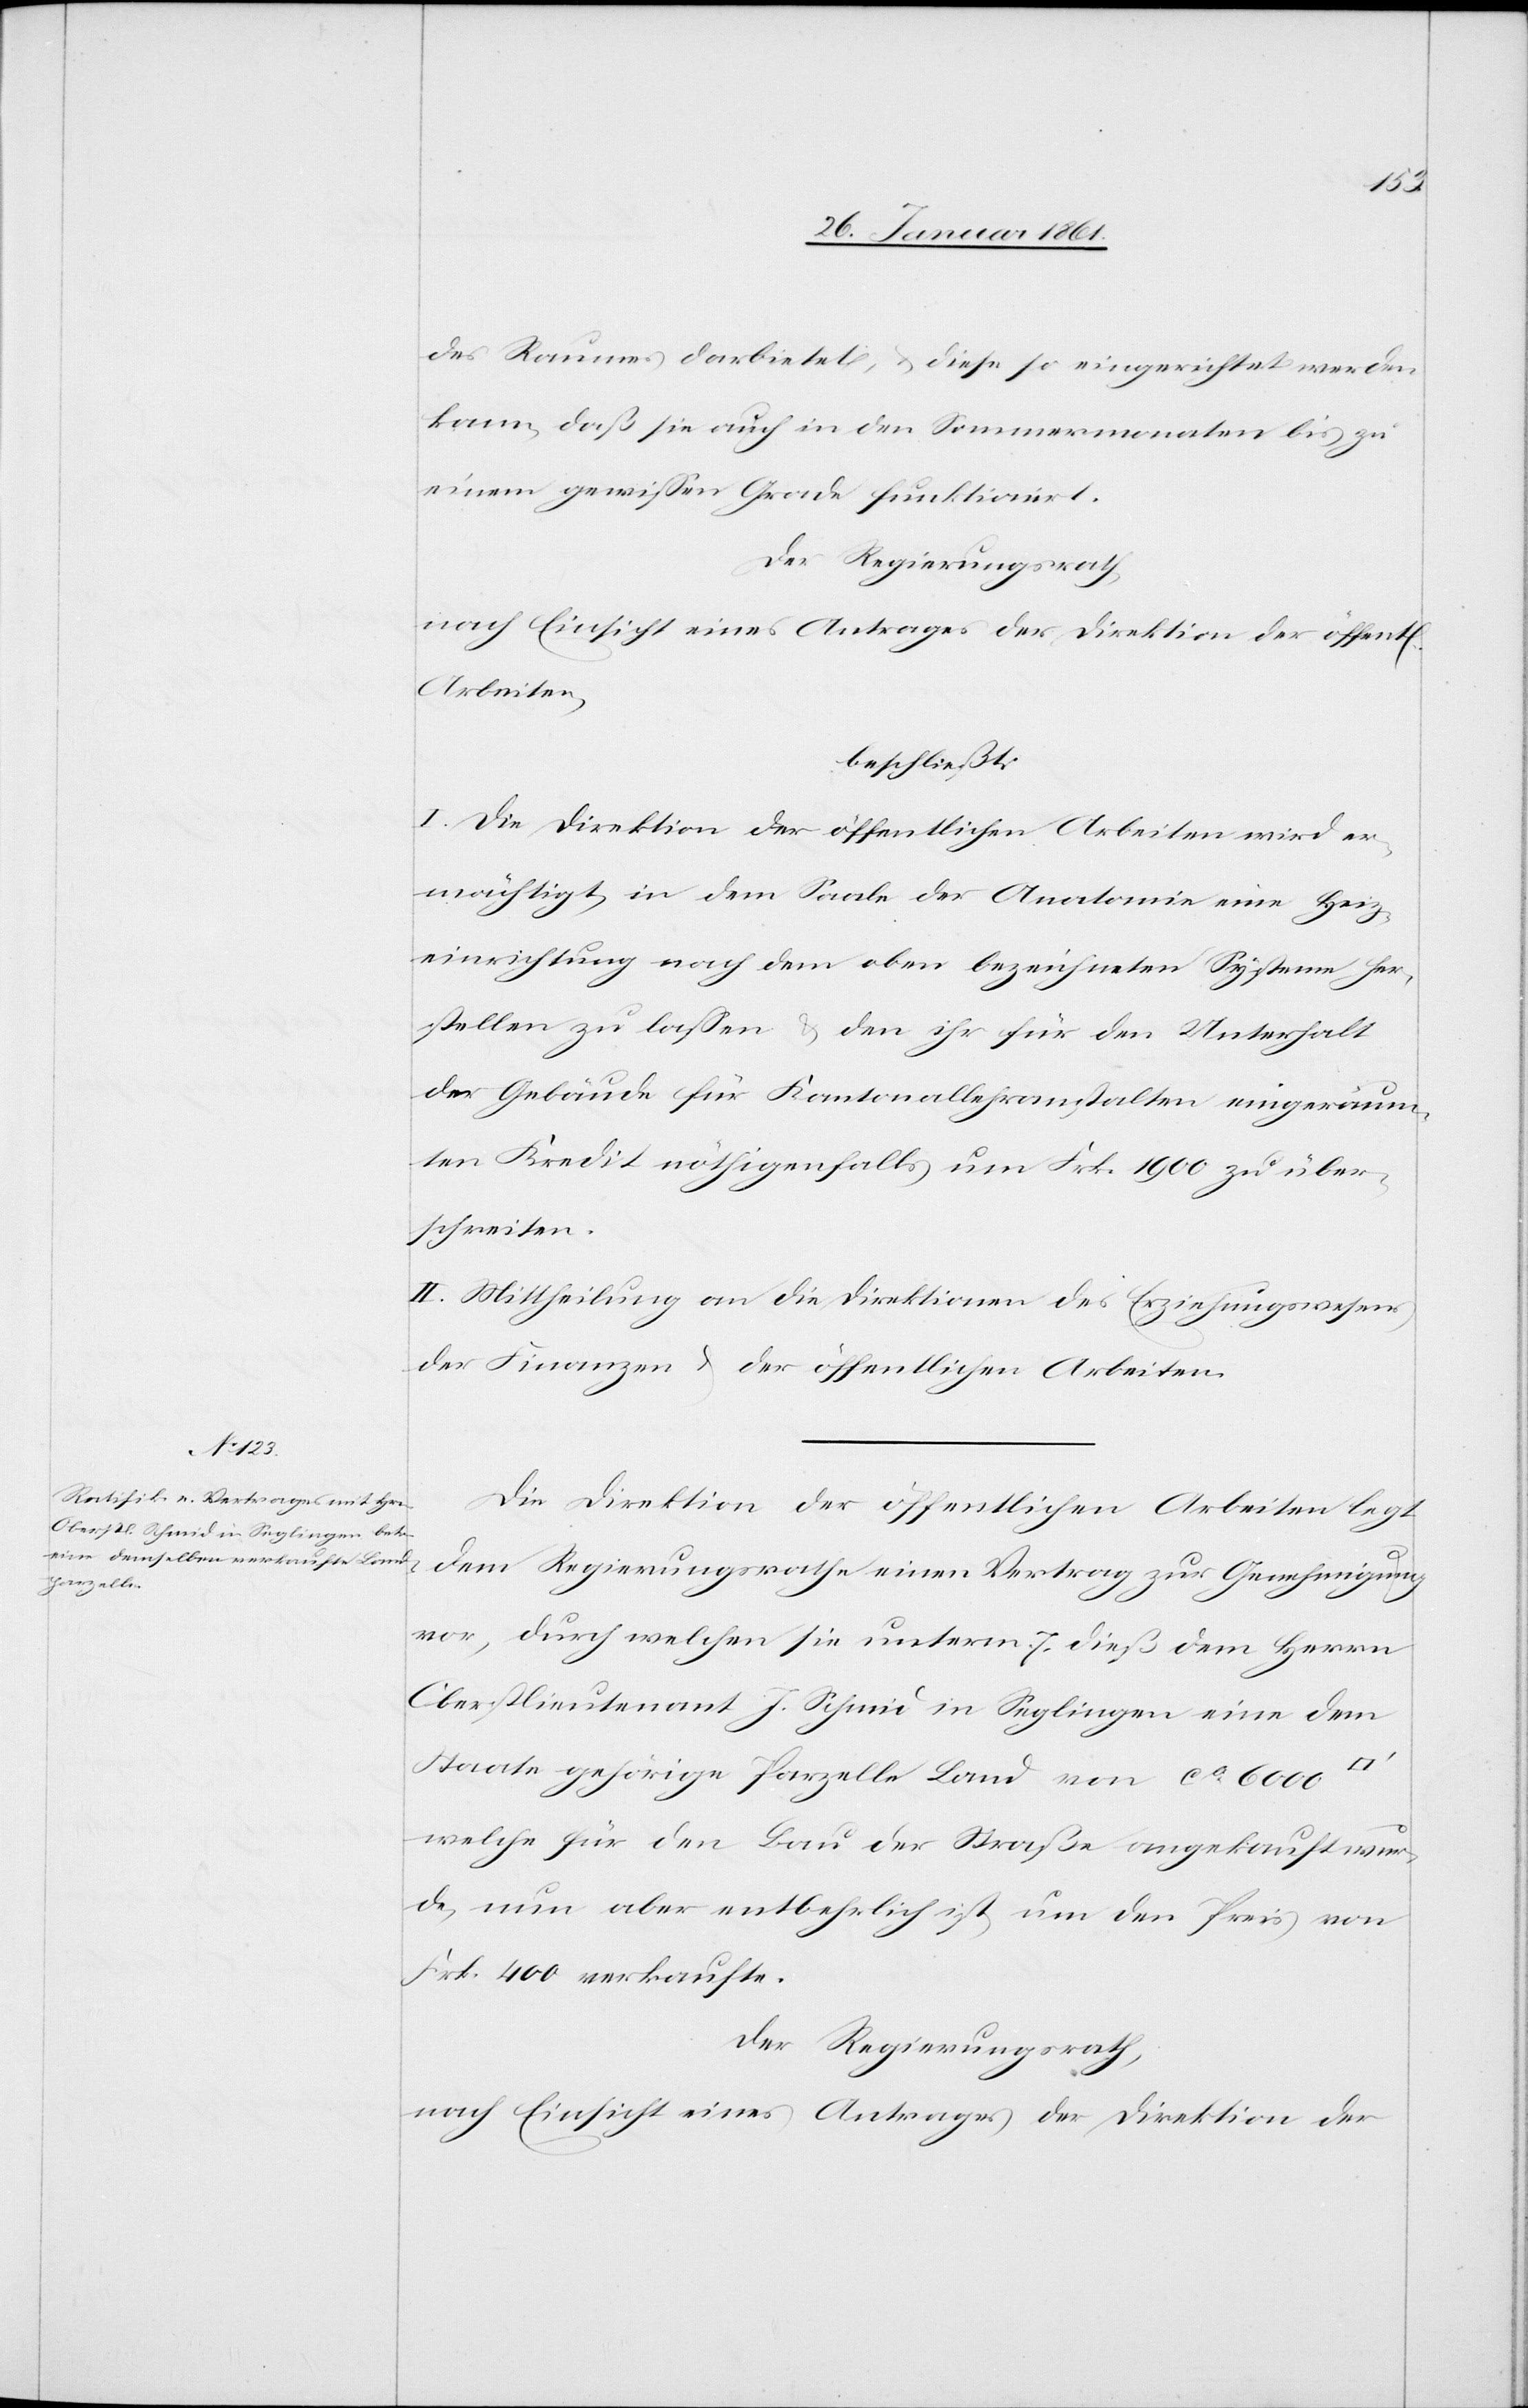
des Raumes darbietet, u. diese so eingerichtet werden
kann, daß sie auch in den Sommermonaten bis zu
einem gewissen Grade funktionirt.
dem Regierungsrathe
nach Einsicht eines Antrages der Direktion der öffentl.
Arbeiten,
beschließt:
I. Die Direktion der öffentlichen Arbeiten wird er¬
mächtigt, in dem Saale der Anatomie eine Heiz¬
einrichtung nach dem oben bezeichneten Systeme her¬
stellen zu lassen u. den ihr für den Unterhalt
der Gebäude für Kantonallehranstalten eingeräum¬
ten Kredit nöthigenfalls um Frk. 1900 zu über¬
schreiten.
II. Mittheilung an die Direktionen des Erziehungswesens,
der Finanzen u. der öffentlichen Arbeiten.
Die Direktion der öffentlichen Arbeiten legt
vor, durch welchen sie unterm 7. dieß dem Herrn
Oberstlieutenant J. Schmid in Seglingen eine dem
Staate gehörige Parzelle Land von ca 6000
welche für den Bau der Straße angekauft wur¬
de, nun aber entbehrlich ist, um den Preis von
Frk. 400 verkaufte.
Der Regierungsrath,
nach Einsicht eines Antrages der Direktion der